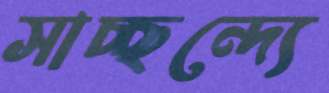
সাচ্ছন্দ্যে